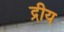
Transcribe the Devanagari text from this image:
द्रीय